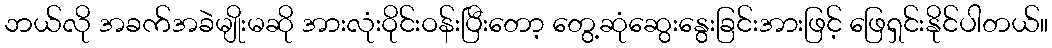
ဘယ်လို အခက်အခဲမျိုးမဆို အားလုံးဝိုင်းဝန်းပြီးတော့ တွေ့ဆုံဆွေးနွေးခြင်းအားဖြင့် ဖြေရှင်းနိုင်ပါတယ်။